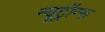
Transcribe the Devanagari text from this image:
न्यूट्रॉन्स